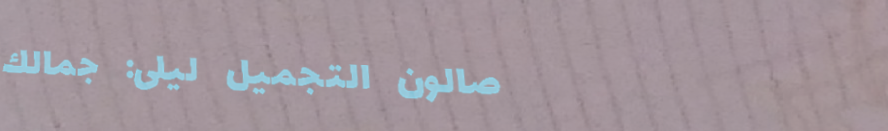
صالون التجميل ليلى: جمالك